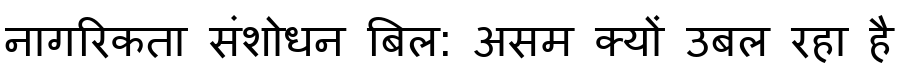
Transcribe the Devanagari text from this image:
नागरिकता संशोधन बिल: असम क्यों उबल रहा है